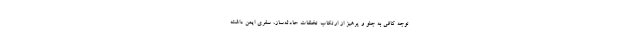
توجه کافی به جلو و پرهیز از ارتکاب تخلفات حادثه‌ساز، سفری ایمن داشته